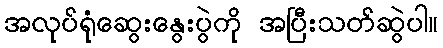
အလုပ်ရုံဆွေးနွေးပွဲကို အပြီးသတ်ဆွဲပါ။